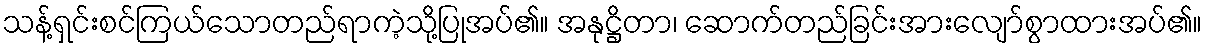
သန့်ရှင်းစင်ကြယ်သောတည်ရာကဲ့သို့ပြုအပ်၏။ အနုဋ္ဌိတာ၊ ဆောက်တည်ခြင်းအားလျော်စွာထားအပ်၏။